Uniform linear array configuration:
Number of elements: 64
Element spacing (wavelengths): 1
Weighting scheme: kaiser
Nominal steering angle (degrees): -45
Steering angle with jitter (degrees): -43.933
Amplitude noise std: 0.05
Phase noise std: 0.05

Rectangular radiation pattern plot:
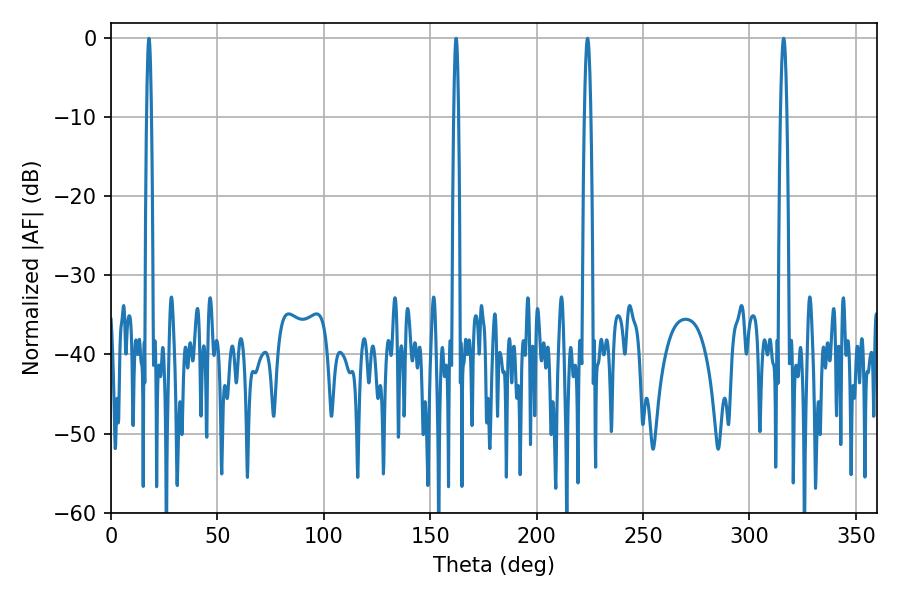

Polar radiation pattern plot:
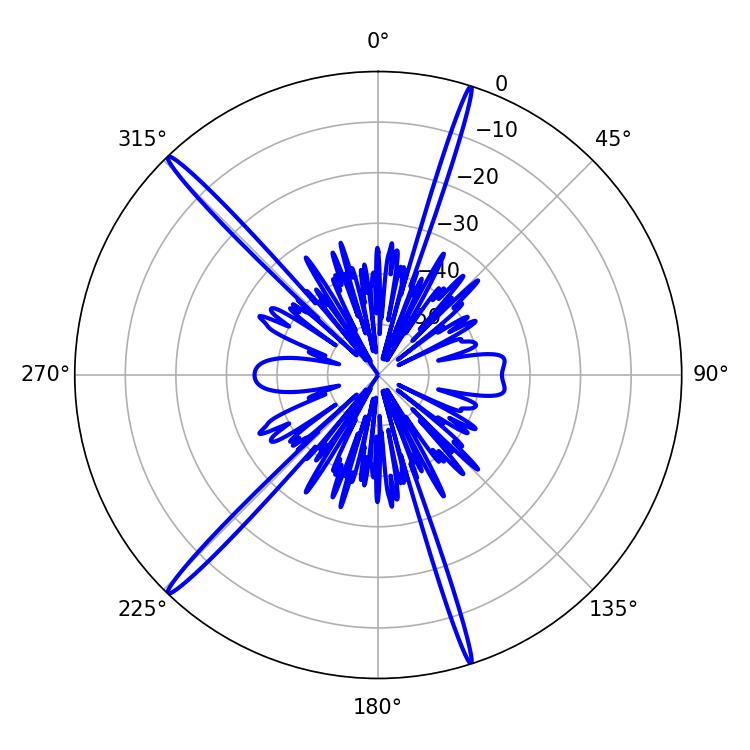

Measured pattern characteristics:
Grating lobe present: TRUE
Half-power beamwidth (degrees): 1.44
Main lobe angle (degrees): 223.92